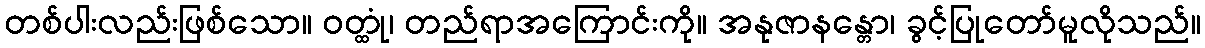
တစ်ပါးလည်းဖြစ်သော။ ဝတ္ထုံ၊ တည်ရာအကြောင်းကို။ အနုဇာနန္တော၊ ခွင့်ပြုတော်မူလိုသည်။